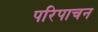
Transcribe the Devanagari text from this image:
परिपाचन